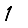
Digit: 1